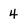
Character: 4